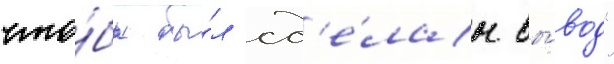
что́бы бы́л сд'е́лан вы́вод"